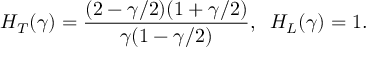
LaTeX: H _ { T } ( \gamma ) = \frac { ( 2 - \gamma / 2 ) ( 1 + \gamma / 2 ) } { \gamma ( 1 - \gamma / 2 ) } , \; \; H _ { L } ( \gamma ) = 1 .